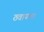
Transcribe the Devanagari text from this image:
ठवायला